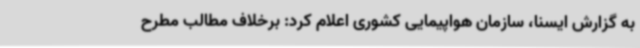
به گزارش ایسنا، سازمان هواپیمایی کشوری اعلام کرد: برخلاف مطالب مطرح